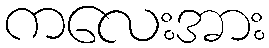
ကလေးအား